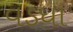
વડધા